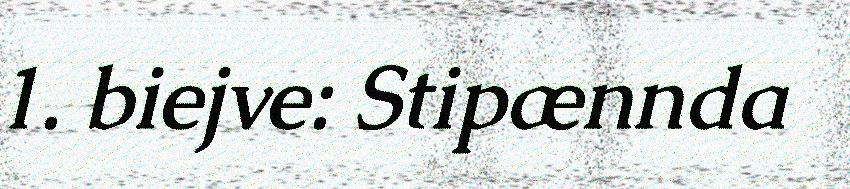
1. biejve: Stipænnda